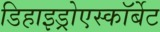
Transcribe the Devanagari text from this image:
डिहाइड्रोएस्कॉर्बेट